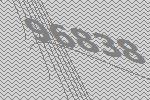
96838